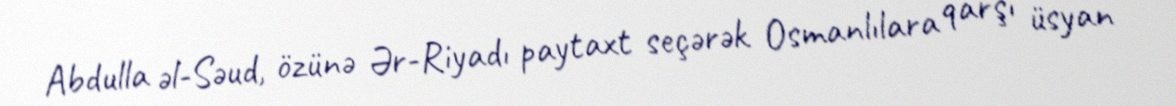
Abdulla əl-Səud, özünə Ər-Riyadı paytaxt seçərək Osmanlılara qarşı üsyan